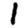
Digit: 1